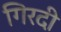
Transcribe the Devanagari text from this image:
गिरदी